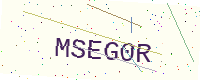
Text: MSEG0R